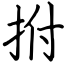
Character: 拊